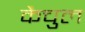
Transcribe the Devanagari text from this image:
कैचुल